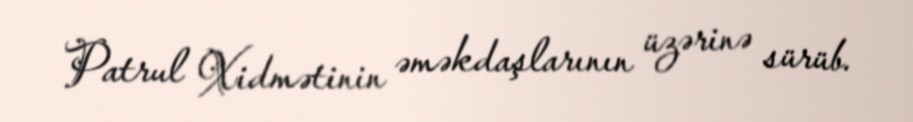
Patrul Xidmətinin əməkdaşlarının üzərinə sürüb.